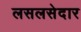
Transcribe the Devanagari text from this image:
लसलसेदार